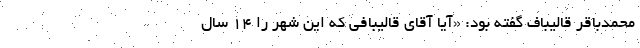
محمدباقر قالیباف گفته بود: «آیا آقای قالیبافی که این شهر را ۱۴ سال